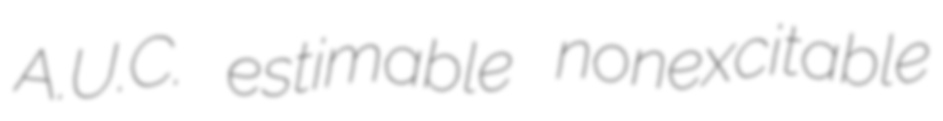
A.U.C. estimable nonexcitable